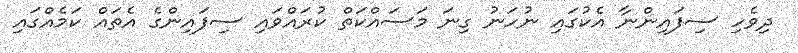
ދިވެހި ސިފައިންނާ އެކުގައި ނުހަނު ގިނަ މަސައްކަތް ކުރައްވައި ސިފައިންގެ އެތައް ކަމެއްގައި